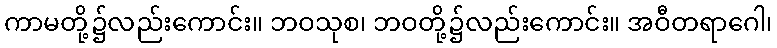
ကာမတို့၌လည်းကောင်း။ ဘဝသုစ၊ ဘဝတို့၌လည်းကောင်း။ အဝီတရာဂေါ၊